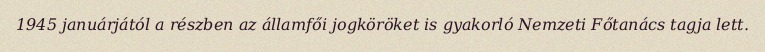
1945 januárjától a részben az államfői jogköröket is gyakorló Nemzeti Főtanács tagja lett.